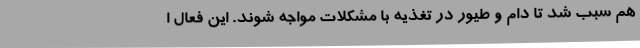
هم سبب شد تا دام و طیور در تغذیه با مشکلات مواجه شوند. این فعال ا